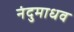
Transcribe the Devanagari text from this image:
नंदुमाधव